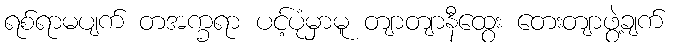
ရစ်ရာမပျက် တအက္ခရာ ပင့်ပုံမှာမူ တျာတျာနီထွေး တေးတျာဖွဲ့ချက်